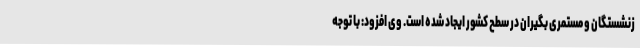
زنشستگان و مستمری بگیران در سطح کشور ایجاد شده است. وی افزود: با توجه